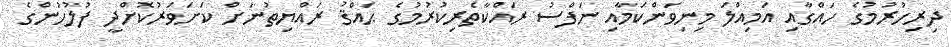
ދިރިހުރުމުގެ ހައްގާއި އަމިއްލަ މިނިވަންކަމާއި ނަފްސު ރައްކާތެރިކުރުމުގެ ޙައްޤު ރައްޔިތުނަށް ކަށަވަރުކޮށްދީ ފުލުހުންގެ